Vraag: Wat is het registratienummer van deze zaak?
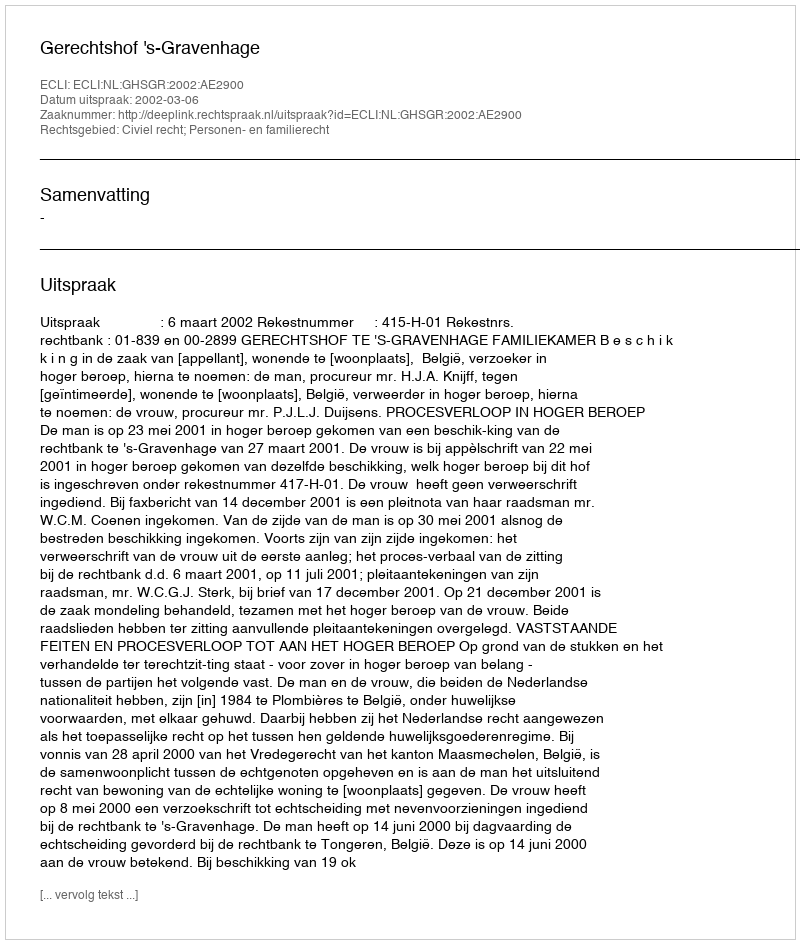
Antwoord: http://deeplink.rechtspraak.nl/uitspraak?id=ECLI:NL:GHSGR:2002:AE2900